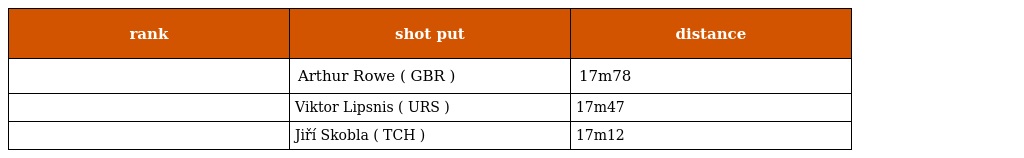
| rank | shot put | distance |
 | --- | --- | --- |
 |  | Arthur Rowe ( GBR ) | 17m78 |
 |  | Viktor Lipsnis ( URS ) | 17m47 |
 |  | Jiří Skobla ( TCH ) | 17m12 |